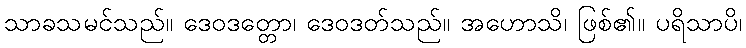
သာခသမင်သည်။ ဒေဝဒတ္တော၊ ဒေဝဒတ်သည်။ အဟောသိ၊ ဖြစ်၏။ ပရိသာပိ၊